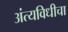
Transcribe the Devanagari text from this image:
अंत्यविधीचा